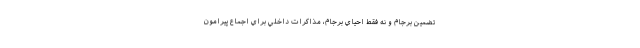
تضمين برجام و نه فقط احياي برجام، مذاكرات داخلي براي اجماع پيرامون